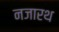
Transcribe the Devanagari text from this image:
नजारथ